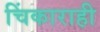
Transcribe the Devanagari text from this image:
चिंकाराही